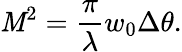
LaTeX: \mathit{M}^{2}=\frac{{\pi}}{{\lambda}}w_{0}\Delta\theta.